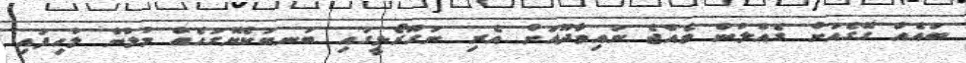
ބައެއް ގޭގެއަށް ގެއްލުން ވެއްޖެ ނައިވާދޫއަށް އެރި ނަގޫރޯޅީގައި ބަނބުކެޔޮގަހެއް މުލުން ލުހިފައި